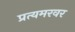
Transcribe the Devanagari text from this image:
प्रत्यमरवर